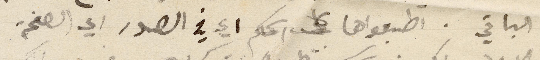
الباقي. اطبعواها على اسمكم اي في الصدر اي الصفحة